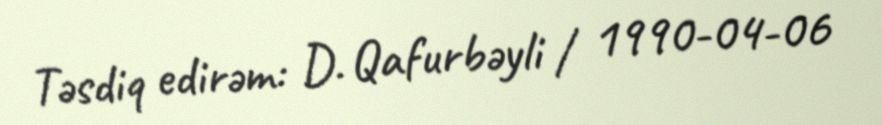
Təsdiq edirəm: D. Qafurbəyli / 1990-04-06